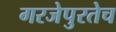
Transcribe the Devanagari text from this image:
गरजेपुरतेच